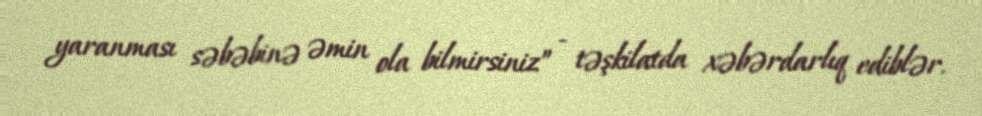
yaranması səbəbinə əmin ola bilmirsiniz” - təşkilatda xəbərdarlıq ediblər.